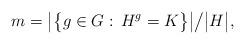
\begin{align*}m = \big\vert\big\{g\in G:\, H^g = K\big\}\big\vert \big/ \big\vert H\big\vert,\end{align*}